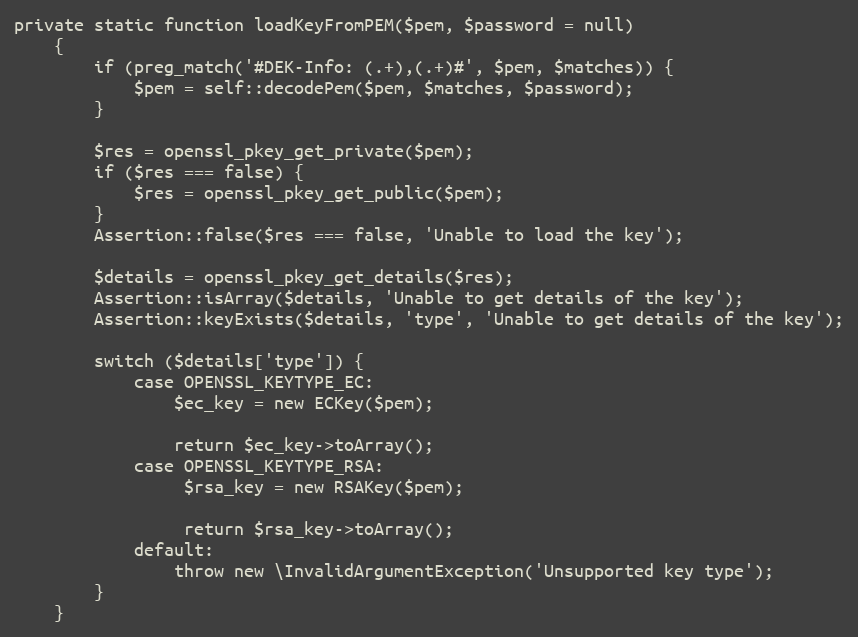
Language: PHP
private static function loadKeyFromPEM($pem, $password = null)
    {
        if (preg_match('#DEK-Info: (.+),(.+)#', $pem, $matches)) {
            $pem = self::decodePem($pem, $matches, $password);
        }

        $res = openssl_pkey_get_private($pem);
        if ($res === false) {
            $res = openssl_pkey_get_public($pem);
        }
        Assertion::false($res === false, 'Unable to load the key');

        $details = openssl_pkey_get_details($res);
        Assertion::isArray($details, 'Unable to get details of the key');
        Assertion::keyExists($details, 'type', 'Unable to get details of the key');

        switch ($details['type']) {
            case OPENSSL_KEYTYPE_EC:
                $ec_key = new ECKey($pem);

                return $ec_key->toArray();
            case OPENSSL_KEYTYPE_RSA:
                 $rsa_key = new RSAKey($pem);

                 return $rsa_key->toArray();
            default:
                throw new \InvalidArgumentException('Unsupported key type');
        }
    }